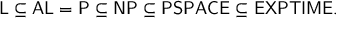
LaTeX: { \mathsf { L } } \subseteq { \mathsf { A L } } = { \mathsf { P } } \subseteq { \mathsf { N P } } \subseteq { \mathsf { P S P A C E } } \subseteq { \mathsf { E X P T I M E } } .